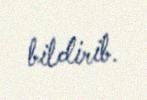
bildirib.